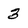
Character: 3